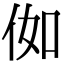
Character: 侞